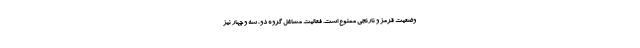
وضعیت قرمز و نارنجی ممنوع است. فعالیت مشاغل گروه دو، سه و چهار نیز